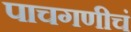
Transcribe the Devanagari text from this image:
पाचगणीचं